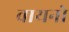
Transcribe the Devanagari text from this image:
वायनो